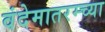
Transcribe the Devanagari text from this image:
वंदेमातरम्च्या